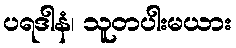
ပရဒါနံ၊ သူတပါးမယား